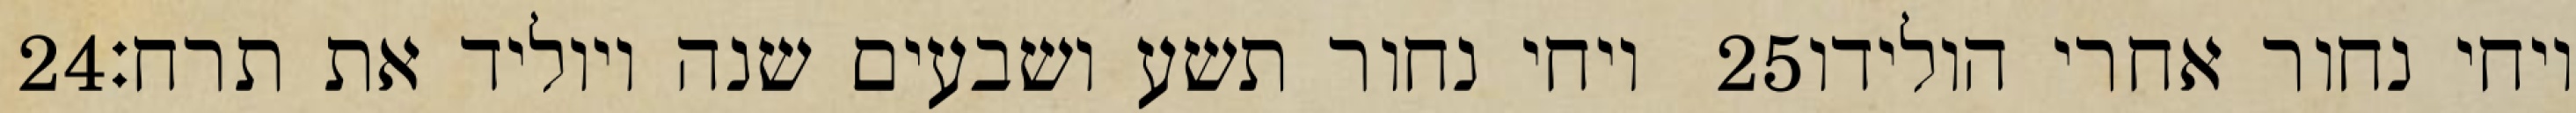
‎24‏ ויחי נחור תשע ושבעים שנה ויוליד את תרח׃ ‎25‏ ויחי נחור אחרי הולידו